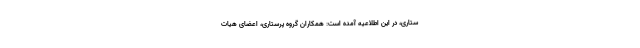
ستاری، در این اطلاعیه آمده است: همکاران گروه پرستاری، اعضای هیات